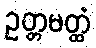
ဥတ္တမတ္ထံ